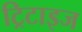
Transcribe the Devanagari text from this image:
ट्रिटाइज